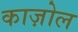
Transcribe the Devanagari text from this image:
काज़ोल